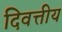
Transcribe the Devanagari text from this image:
दिवत्तीय